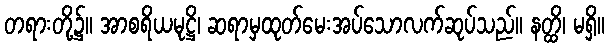
တရားတို့၌။ အာစရိယမုဋ္ဌိ၊ ဆရာမှထုတ်မေးအပ်သောလက်ဆုပ်သည်။ နတ္ထိ၊ မရှိ။